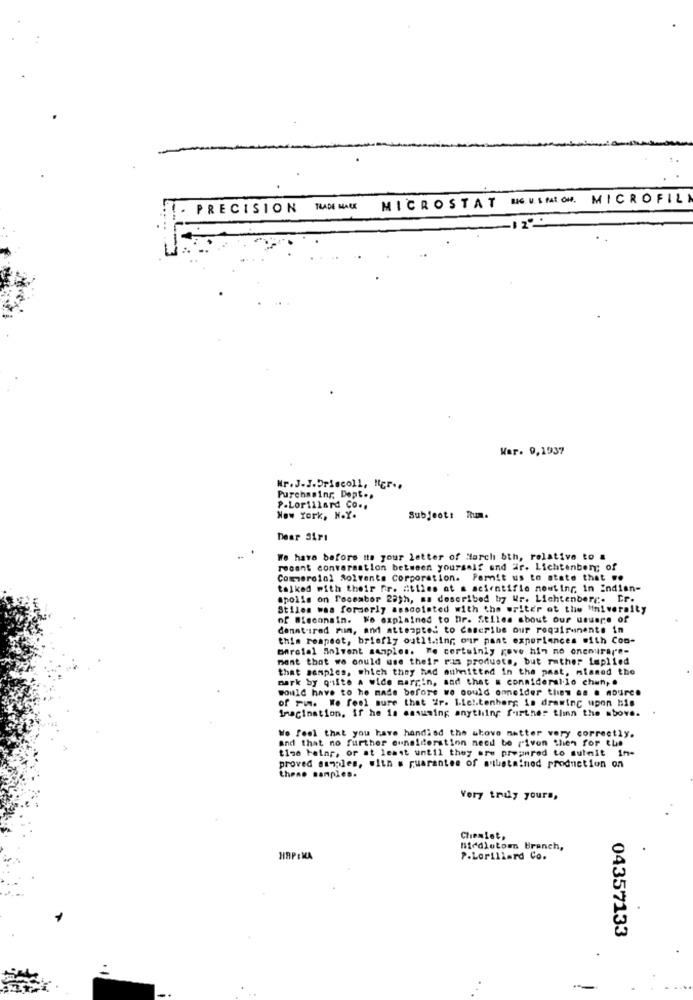
MICROSTAT BIG.V.SPALON. MICROFILI
PRECISION
TRADE MARK
War. 9,1937
Nr. J.J.Driscoll, Her ..
Purchasing, Dept ..
P-Lorillard Co .,
New York, N.Y.
Subjeott Rum.
Dear Sirı
We have before na your letter of Harch bth, relative to a
recent conversation between yourself and är. Lichtenberg; of
Commercial Solvants Corporation. Porit us to state that ..
talked with their fr. atlies at a scientific nowting in Indien-
apolis on Faceabor 28th, as described by Wr. Lichtenberg. Dr.
Stiles was formerly aescolated with the writer ot the Miniveraity
of Wisconsin. We explained to Dr. Stiles about our usuere of
denntired rum, and attempted to Caseribe our requirements in
this respect, briefly outl !.: ing our pant experiences with Con-
Barcial Solvent samples. Te certainly rove hin no oneourare-
mant that we could use their rus products, but rather Implied
that samples, which they had auhnitted in the past, miamed the
Bark by quite a wide margin, and that = conmiderallo chant, .
would have to he made before wo oould onneider then an . source
of Pwn. We feel sure that "r. Lichtenberg is drawing upon his
Imagination, if he is assuming anything further thinn the above.
and that no further eunsiderstion need be riven then for the
Wo feel that you have handisd the above matter very correctly.
time being, or at least until they are prepared to sulmit in-
proved samples, with s guarantee of atuatained production on
thene samples.
Very truly yours,
Chemlet,
niedlutom Branch,
HAP : MA
P.Lorillard Co.
04357133